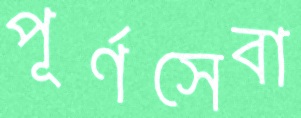
পূর্ণসেবা